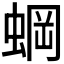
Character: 𬠐